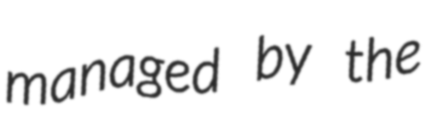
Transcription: managed by the